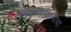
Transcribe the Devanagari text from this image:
दिवाणखान्याचा